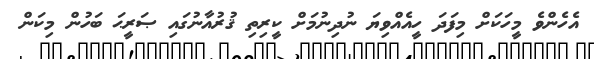
އެހެންވެ މީހަކަށް މިފަދަ ހީއެއްވިޔަ ނުދިނުމަށް ކީރިތި ޤުރުއާނުގައި ޞަރީޙަ ބަހުން މިކަން